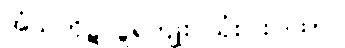
အံသကိုဋ်လှူရကျိုး သုံးပါးဂါထာ။